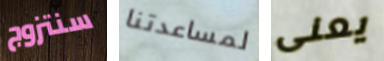
سنتزوج لمساعدتنا يعنى